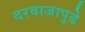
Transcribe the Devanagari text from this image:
दरवाजापुढे